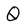
Character: Q